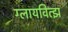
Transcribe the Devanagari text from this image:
ग्लायवित्झ